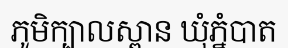
ភូមិក្បាលស្ពាន ឃុំភ្នំបាត